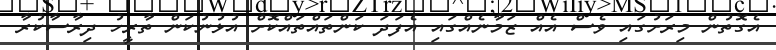
އެގޮތުން މިރަށުގައި ވެސް އެއް ޒަމާނެއްގައި އެފަދަ ކަންތައްތައްކޮށް އުޅުނުކަން ތާރީހު ދިރާސާކުރާ